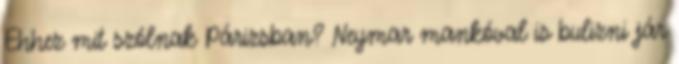
Ehhez mit szólnak Párizsban? Neymar mankóval is bulizni jár